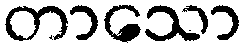
တာသော